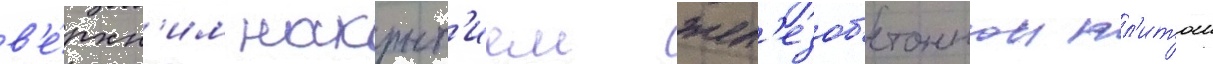
в'е́рхн'им накрыт'ием жел'езоб'етоннои пл'итои